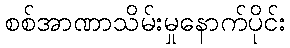
စစ်အာဏာသိမ်းမှုနောက်ပိုင်း